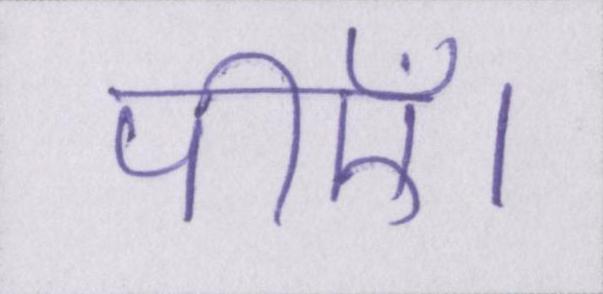
पीएँ।